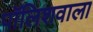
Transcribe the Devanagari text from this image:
पॉलिशवाला